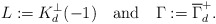
\begin{align*}L := K_d^\perp(-1)\quad\textrm{and}\quad\Gamma := \overline{\Gamma}_d^+.\end{align*}